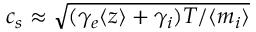
c _ { s } \approx \sqrt { ( \gamma _ { e } \langle z \rangle + \gamma _ { i } ) T / \langle m _ { i } \rangle }